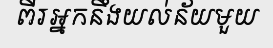
ពីរអ្នកនឹងយល់ន័យមួយ